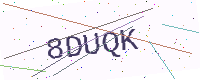
Text: 8DUQK